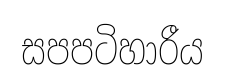
සපපටිහාරීය